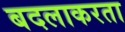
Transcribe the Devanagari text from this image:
बदलाकरता